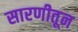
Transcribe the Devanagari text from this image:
सारणीतून